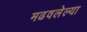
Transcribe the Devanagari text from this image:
मढवलेल्या